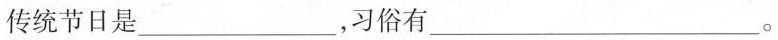
传统节日是___，习俗有___。